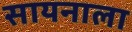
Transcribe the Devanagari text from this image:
सायनाला